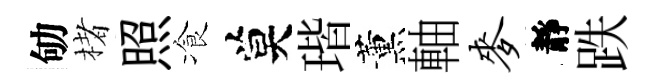
劬楮照飡莫瑎薰軸麦靜跌